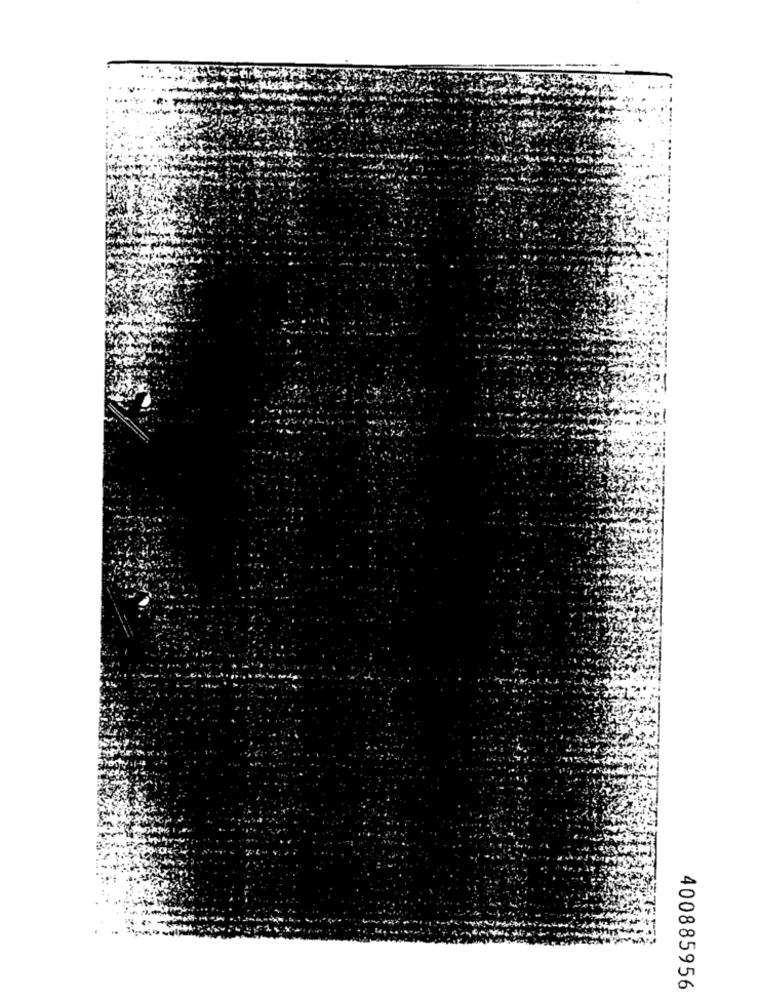
400885956